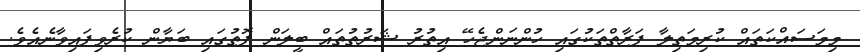
މިމަސައްކަތައް ކުރިމަތިލާ ފަރާތްތަކުގައި ހުންނަންޖެހޭ އިތުރު ޝަރުތުތައް ބީލަން ފޮތުގައި ބަޔާން ކުރެވިފައިވާނެއެވެ.